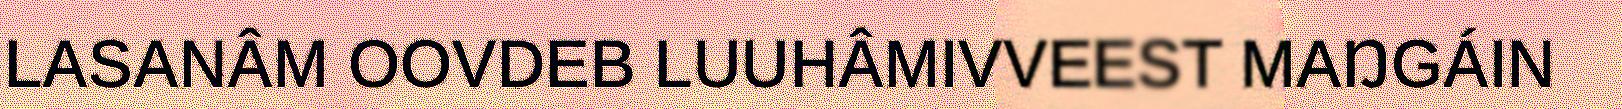
LASANÂM OOVDEB LUUHÂMIVVEEST MAŊGÁIN